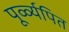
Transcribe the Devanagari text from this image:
पूर्व्व्यपित